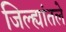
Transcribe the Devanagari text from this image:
जिल्ह्यांतले